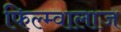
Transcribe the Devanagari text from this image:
फिल्म्वालाज